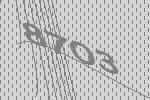
8703